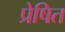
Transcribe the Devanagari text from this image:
प्रेषित